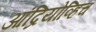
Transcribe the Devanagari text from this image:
आंद्रियोव्हिच